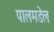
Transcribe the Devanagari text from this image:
पालमडेल